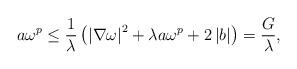
LaTeX: \begin{align*}a\omega^{p} \leq \frac{1}{\lambda}\left(\left\vert \nabla\omega \right\vert^{2}+\lambda a \omega^{p}+2\left\vert b\right\vert\right) = \frac{G}{\lambda},\end{align*}